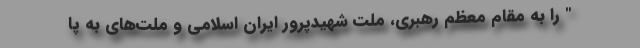
" را به مقام معظم رهبری، ملت شهیدپرور ایران اسلامی و ملت‌های به‌ پا